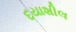
દયાશીલ